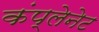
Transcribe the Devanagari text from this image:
कंप्लेनेट